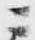
ニ